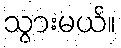
သွားမယ်။